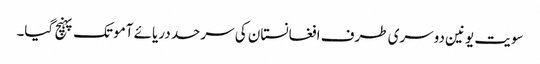
سویت یونین دوسری طرف افغانستان کی سرحد دریائے آمو تک پہنچ گیا۔